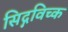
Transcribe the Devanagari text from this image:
सिद्गविच्क